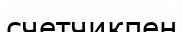
счетчикпен